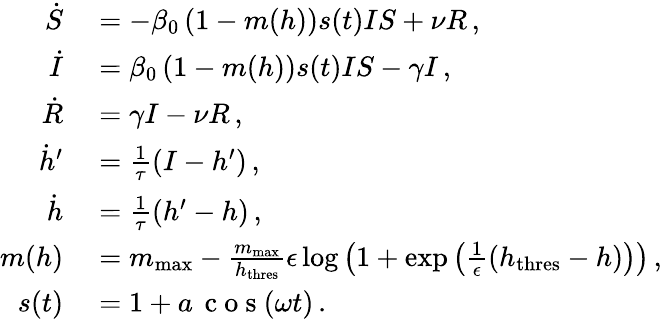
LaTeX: \begin{array}{rl}{\dot{S}}&{{}=-\beta_{0}\left(1-m(h)\right)s(t)IS+\nu R\, ,}\\ {\dot{I}}&{{}=\beta_{0}\left(1-m(h)\right)s(t)IS-\gamma I\, ,}\\ {\dot{R}}&{{}=\gamma I-\nu R\, ,}\\ {\dot{h}^{\prime}}&{{}=\frac{1}{\tau}(I-h^{\prime})\, ,}\\ {\dot{h}}&{{}=\frac{1}{\tau}(h^{\prime}-h)\, ,}\\ {m(h)}&{{}=m_{\mathrm{max}}-\frac{m_{\mathrm{max}}}{h_{\mathrm{thres}}}\epsilon\log\left(1+\exp\left(\frac{1}{\epsilon}\left(h_{\mathrm{thres}}-h\right)\right)\right)\, ,}\\ {s(t)}&{{}=1+a\, \mathrm{~c~o~s~}(\omega t)\, .}\end{array}